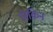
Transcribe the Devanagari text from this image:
लेक़िन